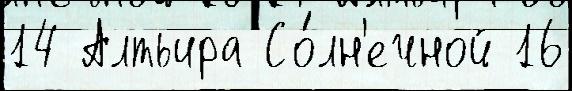
14 Алтьира Со́лн'ечной 16